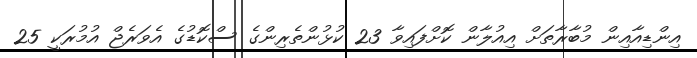
އިންޑިއާއިން މުބާރާތަށް އިއުލާން ކޮށްފައިވާ 23 ކުޅުންތެރިންގެ ސްކޮޑުގެ އެވަރެޖް އުމުރަކީ 25